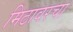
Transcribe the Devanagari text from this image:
मिठावरचा